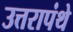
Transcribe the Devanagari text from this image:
उत्तरापंथे